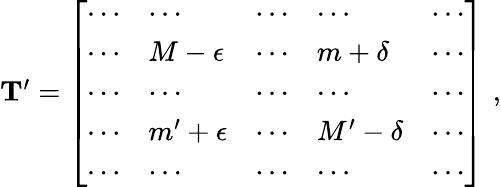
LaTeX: \begin{array}{r}{\mathbf{T}^{\prime}=\left[\begin{array}{lllll}{\cdots}&{\cdots}&{\cdots}&{\cdots}&{\cdots}\\ {\cdots}&{M-\epsilon}&{\cdots}&{m+\delta}&{\cdots}\\ {\cdots}&{\cdots}&{\cdots}&{\cdots}&{\cdots}\\ {\cdots}&{m^{\prime}+\epsilon}&{\cdots}&{M^{\prime}-\delta}&{\cdots}\\ {\cdots}&{\cdots}&{\cdots}&{\cdots}&{\cdots}\end{array}\right]\, \, ,}\end{array}